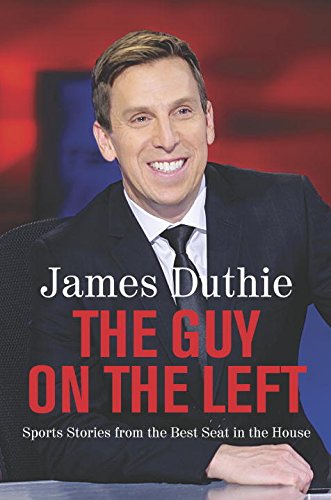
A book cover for The Guy on the Left: Sports Stories from the Best Seat in the House; James Duthie; Biographies & Memoirs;